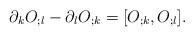
LaTeX: \begin{align*}\partial_k O_{;l} - \partial_l O_{;k} = [O_{;k},O_{;l}].\end{align*}